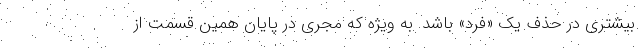
بیشتری در حذف یک «فرد» باشد. به ویژه که مجری در پایان همین قسمت از